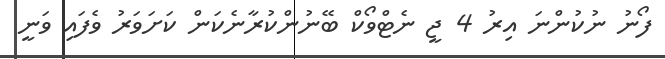
ފޯނު ނުކުންނަ އިރު 4 ޖީ ނެޓްވޯކް ބޭނުންކުރާނެކަން ކަށަވަރު ވެފައި ވަނީ